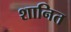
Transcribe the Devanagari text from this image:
शानित